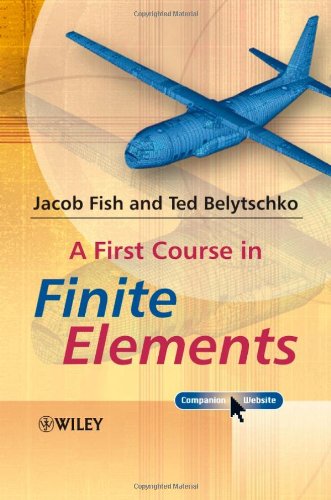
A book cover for A First Course in Finite Elements; Jacob Fish; Computers & Technology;